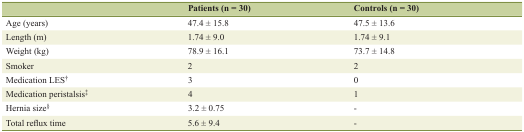
<table><thead><tr><td></td><td><b>Patients (n = 30)</b></td><td><b>Controls (n = 30)</b></td></tr></thead><tbody><tr><td>Age (years)</td><td>47.4 ± 15.8</td><td>47.5 ± 13.6</td></tr><tr><td>Length (m)</td><td>1.74 ± 9.0</td><td>1.74 ± 9.1</td></tr><tr><td>Weight (kg)</td><td>78.9 ± 16.1</td><td>73.7 ± 14.8</td></tr><tr><td>Smoker</td><td>2</td><td>2</td></tr><tr><td>Medication LES<sup>†</sup></td><td>3</td><td>0</td></tr><tr><td>Medication peristalsis<sup>‡</sup></td><td>4</td><td>1</td></tr><tr><td>Hernia size<sup>§</sup></td><td>3.2 ± 0.75</td><td>-</td></tr><tr><td>Total reflux time</td><td>5.6 ± 9.4</td><td>-</td></tr></tbody></table>